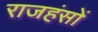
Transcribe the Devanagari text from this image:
राजहंसों